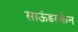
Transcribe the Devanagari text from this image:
साऊंडस्केन